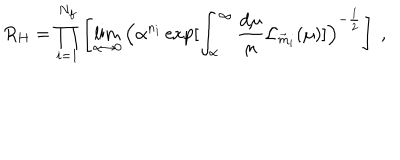
R _ { H } = \prod _ { i = 1 } ^ { N _ { f } } \left[ \lim _ { \alpha \rightarrow 0 } \Big ( \alpha ^ { n _ { i } } \exp [ \int _ { \alpha } ^ { \infty } \frac { \mathrm { d } \mu } { \mu } { \cal L } _ { \vec { m } _ { i } } ( \mu ) ] \Big ) ^ { - \frac { 1 } { 2 } } \right] \ ,